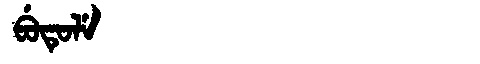
Manchu: ᠪᡠᡨᡠᠯᡝ
Romanization: BUTULE